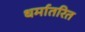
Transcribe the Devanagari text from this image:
धर्मातरित